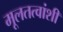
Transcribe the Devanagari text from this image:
मूलतत्वांशी